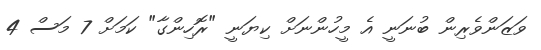
ވަޒަންވެރިން ބުނަނީ އެ މީހުންނަށް ކިޔަނީ "ރޮހިންގާ" ކަމަށް 7 މަސް 4